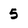
Character: 5